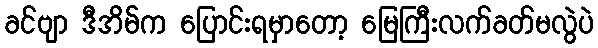
ခင်ဗျာ ဒီအိမ်က ပြောင်းရမှာတော့ မြေကြီးလက်ခတ်မလွဲပဲ